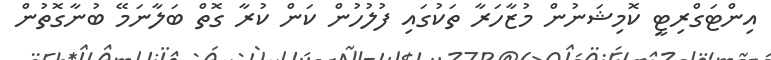
އިންޓަގްރިޓީ ކޮމިޝަނުން މުޒާހަރާ ތަކުގައި ފުލުހުން ކަން ކުރާ ގޮތް ބަލާނަމޭ ބުނާގޮތުން